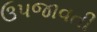
ઉપજાવતી